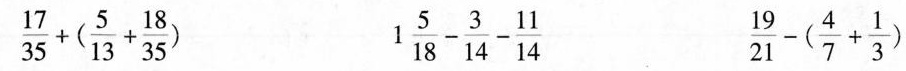
\frac{17}{35}+(\frac{5}{13}+ \frac{18}{35})